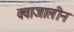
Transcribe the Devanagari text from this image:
क्वाजालीन